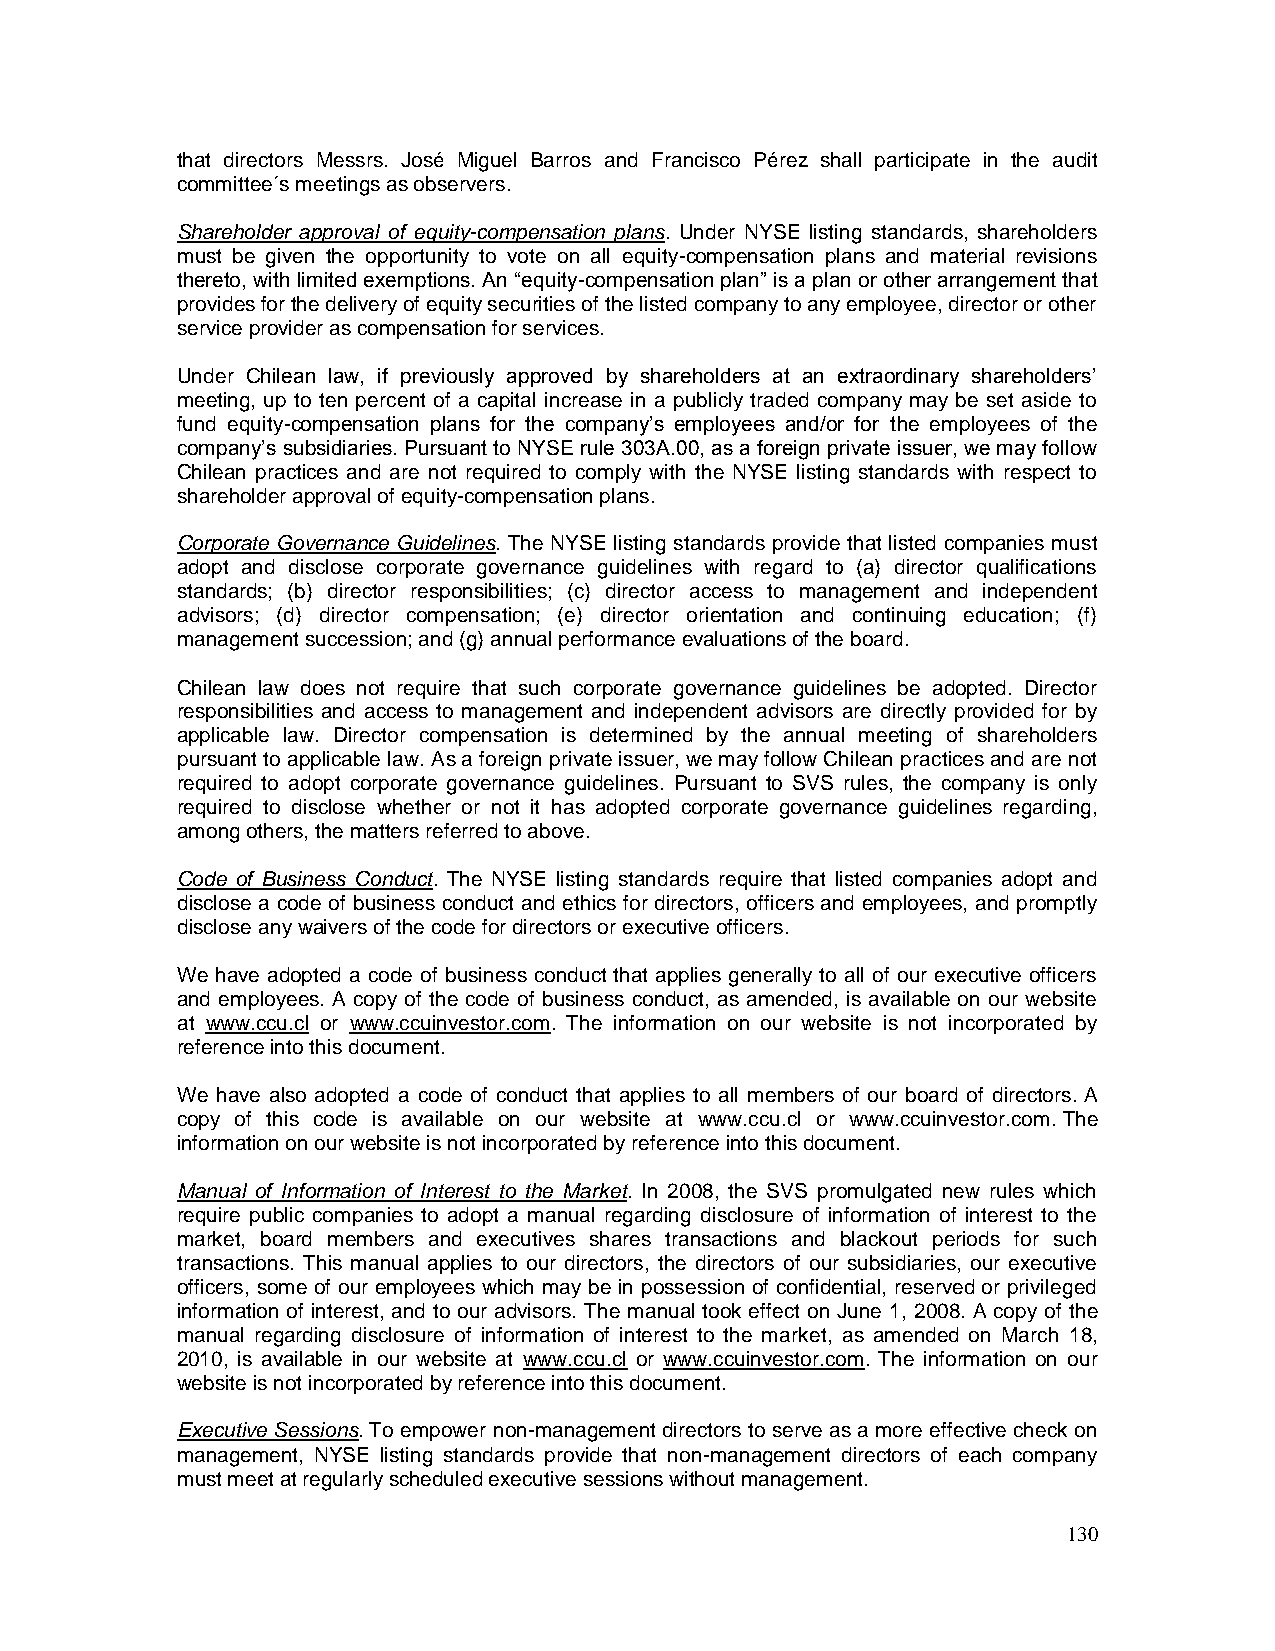
that directors Messrs. José Miguel Barros and Francisco Pérez shall participate in the audit
 committee´s meetings as observers.
 Shareholder approval of equity-compensation plans. Under NYSE listing standards, shareholders
 must be given the opportunity to vote on all equity-compensation plans and material revisions
 thereto, with limited exemptions. An “equity-compensation plan” is a plan or other arrangement that
 provides for the delivery of equity securities of the listed company to any employee, director or other
 service provider as compensation for services.
 Under Chilean law, if previously approved by shareholders at an extraordinary shareholders’
 meeting, up to ten percent of a capital increase in a publicly traded company may be set aside to
 fund equity-compensation plans for the company’s employees and/or for the employees of the
 company’s subsidiaries. Pursuant to NYSE rule 303A.00, as a foreign private issuer, we may follow
 Chilean practices and are not required to comply with the NYSE listing standards with respect to
 shareholder approval of equity-compensation plans.
 Corporate Governance Guidelines. The NYSE listing standards provide that listed companies must
 adopt and disclose corporate governance guidelines with regard to (a) director qualifications
 standards; (b) director responsibilities; (c) director access to management and independent
 advisors; (d) director compensation; (e) director orientation and continuing education; (f)
 management succession; and (g) annual performance evaluations of the board.
 Chilean law does not require that such corporate governance guidelines be adopted. Director
 responsibilities and access to management and independent advisors are directly provided for by
 applicable law. Director compensation is determined by the annual meeting of shareholders
 pursuant to applicable law. As a foreign private issuer, we may follow Chilean practices and are not
 required to adopt corporate governance guidelines. Pursuant to SVS rules, the company is only
 required to disclose whether or not it has adopted corporate governance guidelines regarding,
 among others, the matters referred to above.
 Code of Business Conduct. The NYSE listing standards require that listed companies adopt and
 disclose a code of business conduct and ethics for directors, officers and employees, and promptly
 disclose any waivers of the code for directors or executive officers.
 We have adopted a code of business conduct that applies generally to all of our executive officers
 and employees. A copy of the code of business conduct, as amended, is available on our website
 at www.ccu.cl or www.ccuinvestor.com. The information on our website is not incorporated by
 reference into this document.
 We have also adopted a code of conduct that applies to all members of our board of directors. A
 copy of this code is available on our website at www.ccu.cl or www.ccuinvestor.com. The
 information on our website is not incorporated by reference into this document.
 Manual of Information of Interest to the Market. In 2008, the SVS promulgated new rules which
 require public companies to adopt a manual regarding disclosure of information of interest to the
 market, board members and executives shares transactions and blackout periods for such
 transactions. This manual applies to our directors, the directors of our subsidiaries, our executive
 officers, some of our employees which may be in possession of confidential, reserved or privileged
 information of interest, and to our advisors. The manual took effect on June 1, 2008. A copy of the
 manual regarding disclosure of information of interest to the market, as amended on March 18,
 2010, is available in our website at www.ccu.cl or www.ccuinvestor.com. The information on our
 website is not incorporated by reference into this document.
 Executive Sessions. To empower non-management directors to serve as a more effective check on
 management, NYSE listing standards provide that non-management directors of each company
 must meet at regularly scheduled executive sessions without management.
 130